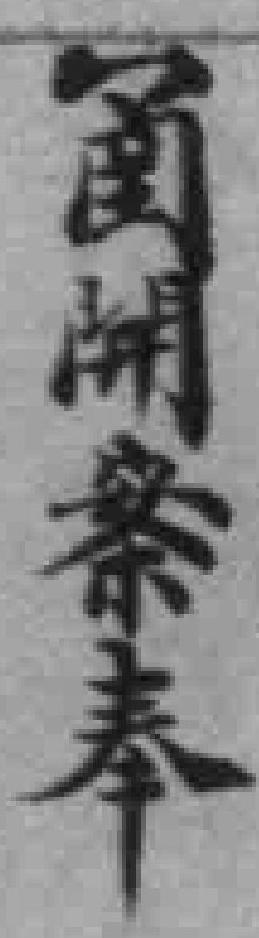
圅開案奉